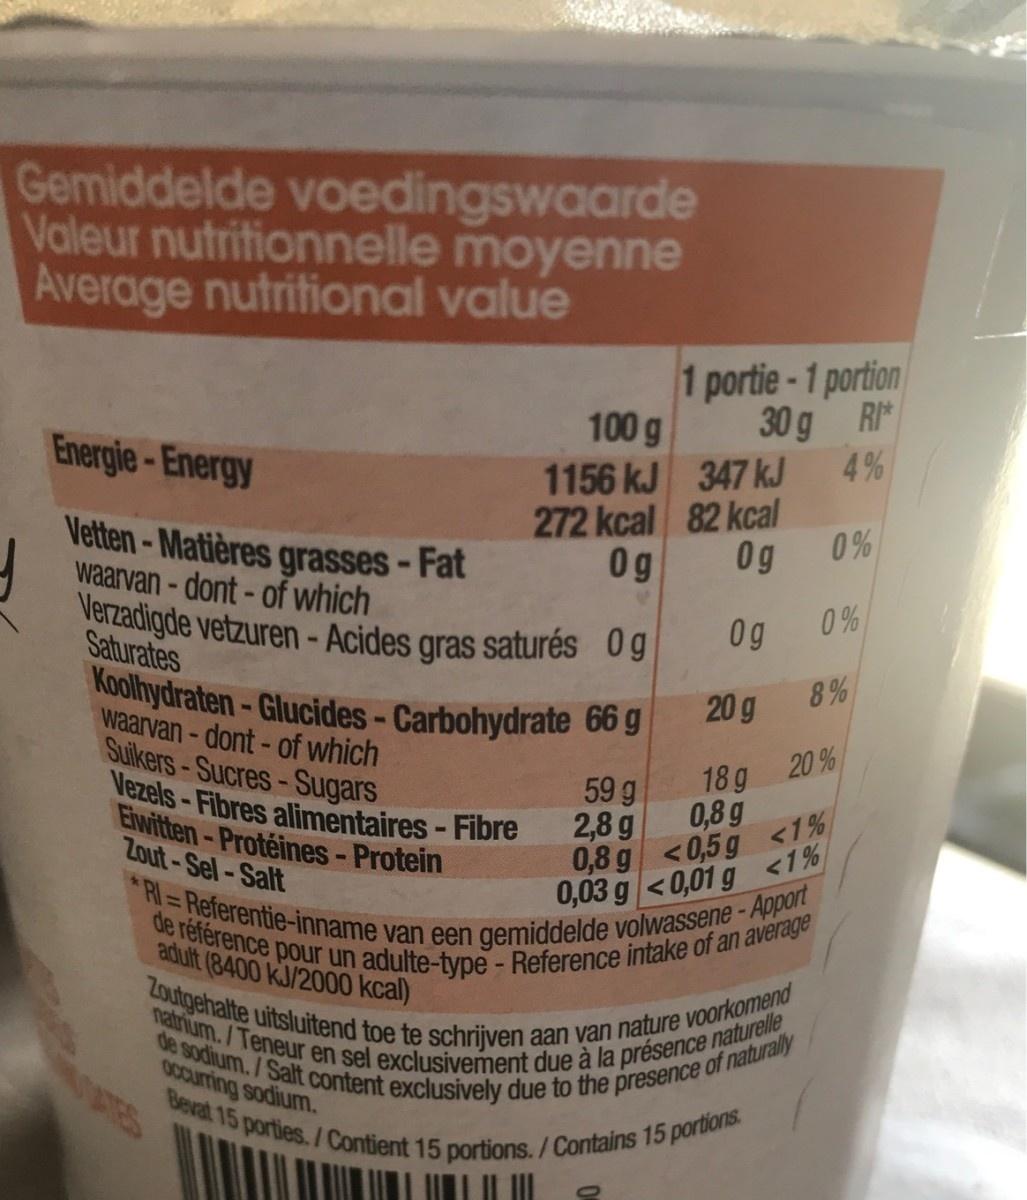
Gemiddelde voedingswaarde Valeur nutritionnelle moyenne Average nutritional value
1 portie-1 portion 30g RI 4%
100 g
Energie-Energy
1156 kJ 347 kJ
272 kcal 82 kcal 0% 0g
Vetten- Matières grasses-Fat waarvan-dont-of which Verzadigde vetzuren - Acides gras saturés 0g
0g
0g
0%
Saturates
8%
Koolhydraten-Glucides-Carbohydrate 66 g waarvan-dont-of which Sulkers-Sucres-Sugars Vezels -Fibres alimentaires-Fibre Eiwitten-Protéines-Protein Zout-Sel-Salt
20 g
59 g
18 g 20%
0,8 g
0,8 g <0,5g <1% <0,01 g 0,03 g
2,8 g
<1%
*RI Referentie-inname van een gemiddelde volwassene-Apport
de référence pour un adulte-type - Reference intake of an average
adult (8400 kJ/2000 kcal)
Zoutgehalte uitsluitend toe te schrijven aan van nature voorkomend de sodium. /Salt content exclusively due to the presence of naturally
natrium./Teneur en sel exclusivement due à la présence naturelle
0Ccurring sodium. TES
Bevat 15 porties. / Contient 15 portions. /Contains 15 portions.